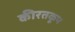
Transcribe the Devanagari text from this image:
कीरतकूप